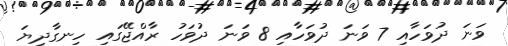
ވަނަ ދުވަހާއި 7 ވަނަ ދުވަހާއި 8 ވަނަ ދުވަހު ރާއްޖޭގައި ހިނގާދިޔަ